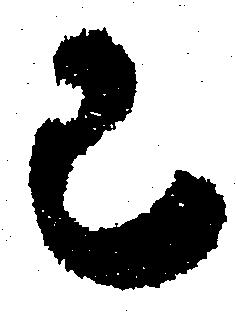
已